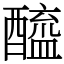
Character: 醯